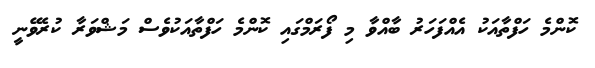
ކޮންމެ ހަފްތާއަކު އެއްފަހަރު ބާއްވާ މި ފޯރަމްގައި ކޮންމެ ހަފްތާއަކުވެސް މަޝްވަރާ ކުރެވޭނީ